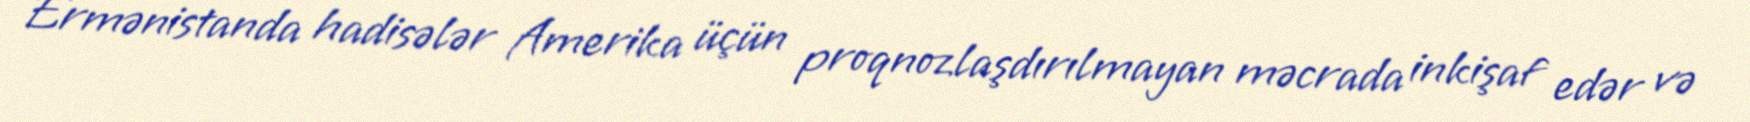
Ermənistanda hadisələr Amerika üçün proqnozlaşdırılmayan məcrada inkişaf edər və